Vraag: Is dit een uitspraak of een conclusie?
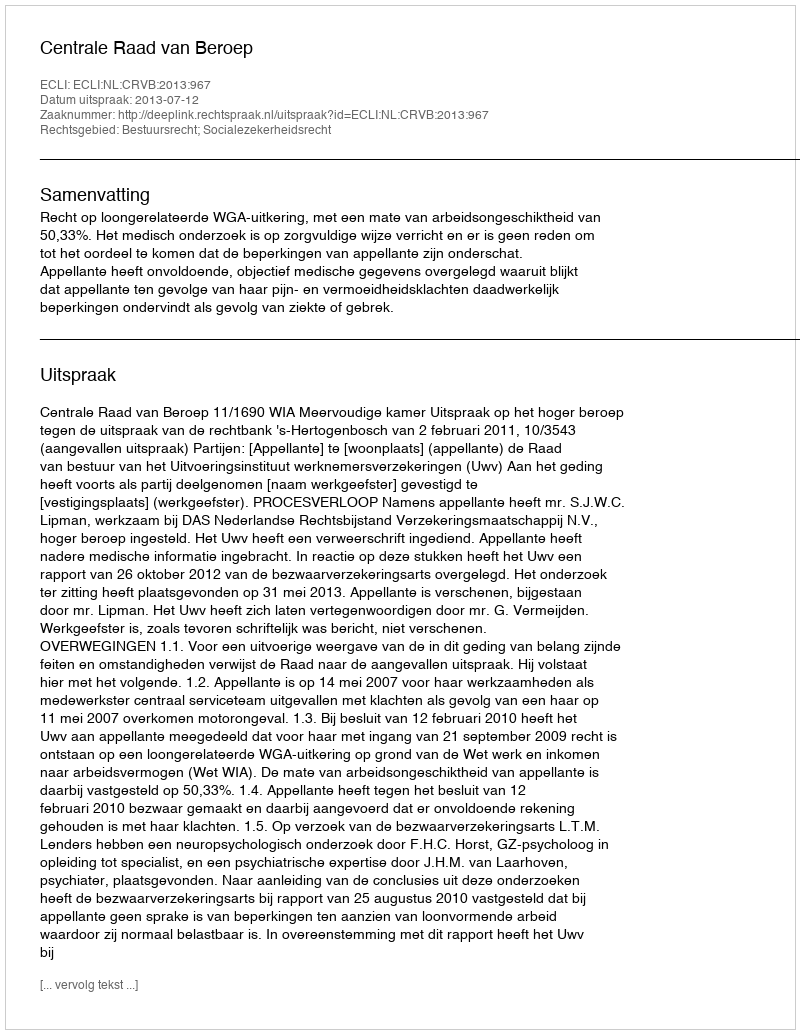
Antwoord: Uitspraak